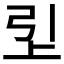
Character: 𬻏